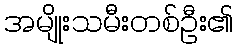
အမျိုးသမီးတစ်ဦး၏